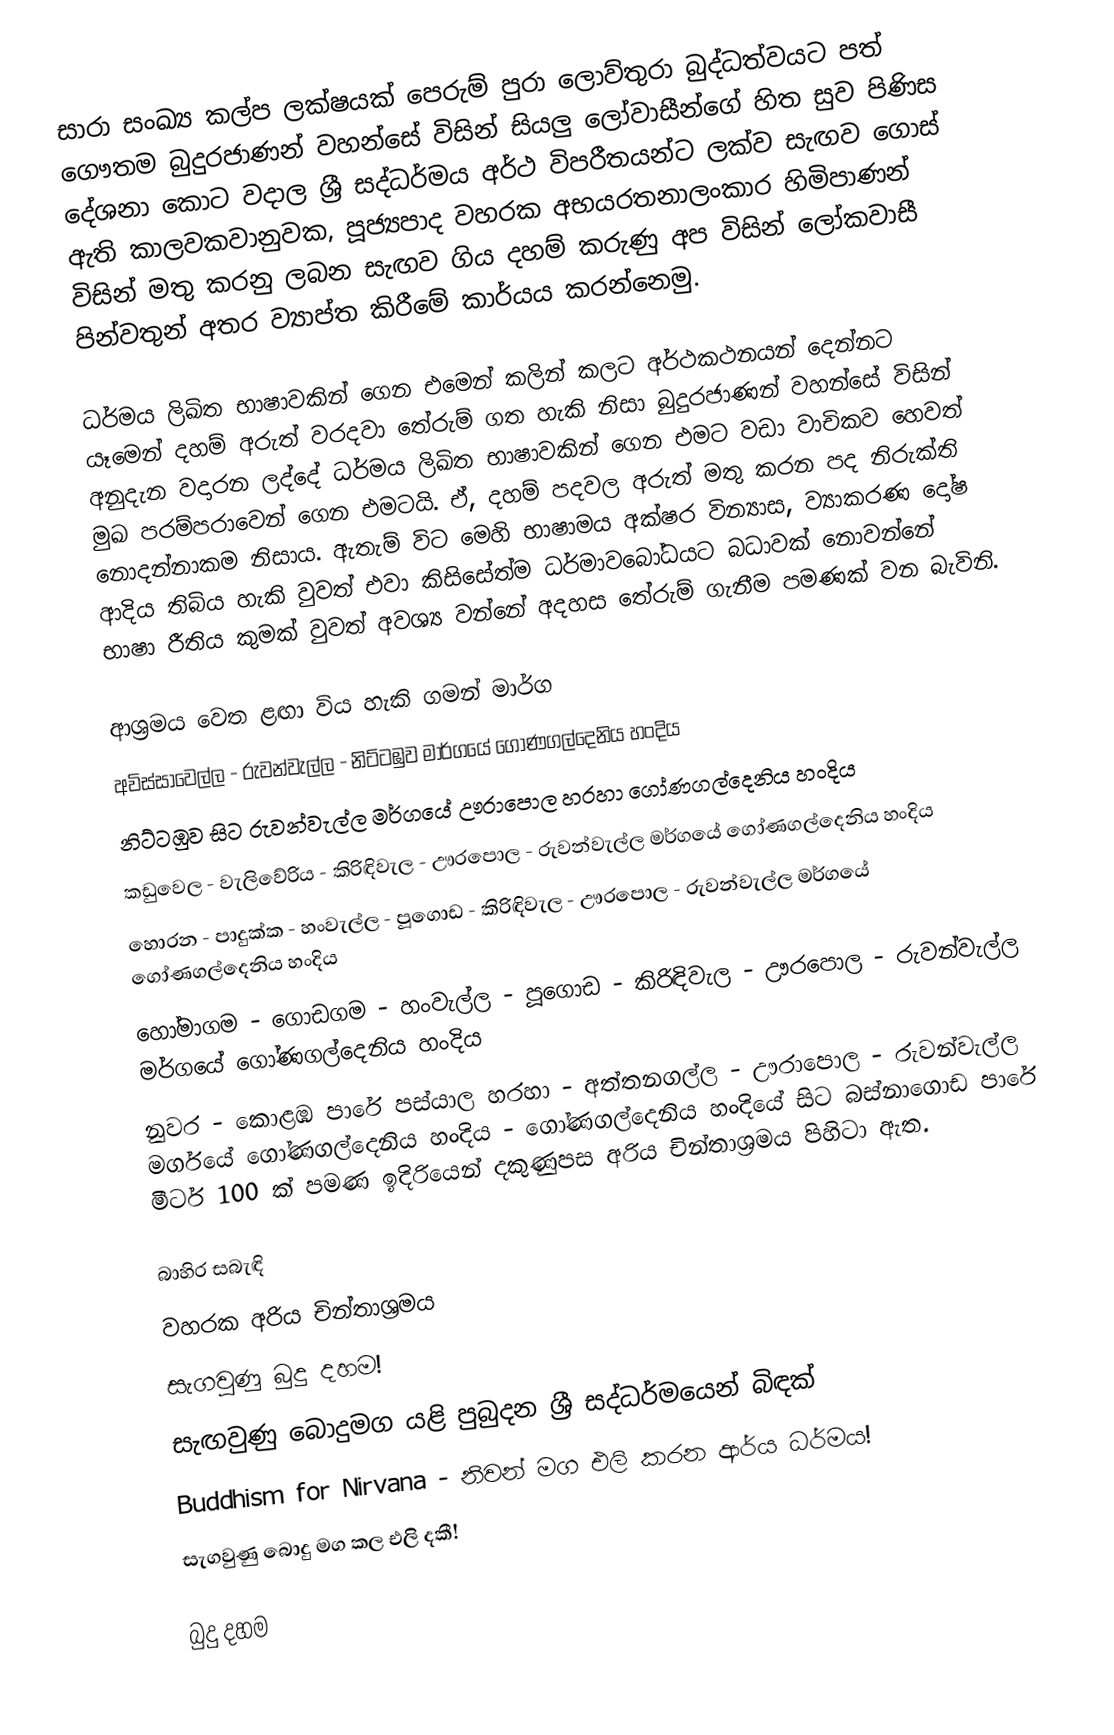
සාරා සංඛ්‍ය කල්ප ලක්ෂයක් පෙරුම් පුරා ලොව්තුරා බුද්ධත්වයට පත් ගෞතම බුදුරජාණන් වහන්සේ විසින් සියලු ලෝවාසීන්ගේ හිත සුව පිණිස දේශනා කොට වදාල ශ්‍රී සද්ධර්මය අර්ථ විපරීතයන්ට ලක්ව සැඟව ගොස් ඇති කාලවකවානුවක, පූජ්‍යපාද වහරක අභයරතනාලංකාර හිමිපාණන් විසින් මතු කරනු ලබන සැඟව ගිය දහම් කරුණු අප විසින් ලෝකවාසී පින්වතුන් අතර ව්‍යාප්ත කිරීමේ කාර්යය කරන්නෙමු.

ධර්මය ලිඛිත භාෂාවකින් ගෙන එමෙන් කලින් කලට අර්ථකථනයන් දෙන්නට යෑමෙන් දහම් අරුත් වරදවා තේරුම් ගත හැකි නිසා බුදුරජාණන් වහන්සේ විසින් අනුදැන වදාරන ලද්දේ ධර්මය ලිඛිත භාෂාවකින් ගෙන එමට වඩා වාචිකව හෙවත් මුඛ පරම්පරාවෙන් ගෙන එමටයි. ඒ, දහම් පදවල අරුත් මතු කරන පද නිරුක්ති නොදන්නාකම නිසාය. ඇතැම් විට මෙහි භාෂාමය අක්ෂර වින්‍යාස, ව්‍යාකරණ දෝෂ ආදිය තිබිය හැකි වුවත් එවා කිසිසේත්ම ධර්මාවබෝධයට බධාවක් නොවන්නේ භාෂා රීතිය කුමක් වුවත් අවශ්‍ය වන්නේ අදහස තේරුම් ගැනීම පමණක් වන බැවිනි.

ආශ්‍රමය වෙත ළඟා විය හැකි ගමන් මාර්ග
 අවිස්සාවෙල්ල - රුවන්වැල්ල - නිට්ටඹුව මාර්ගයේ ගෝණගල්දෙනිය හංදිය
 නිට්ටඹුව සිට රුවන්වැල්ල මර්ගයේ ඌරාපොල හරහා ගෝණගල්දෙනිය හංදිය
 කඩුවෙල - වැලිවේරිය - කිරිඳිවැල - ඌරපොල - රුවන්වැල්ල මර්ගයේ ගෝණගල්දෙනිය හංදිය
 හොරන - පාදුක්ක - හංවැල්ල - පූගොඩ - කිරිඳිවැල - ඌරපොල - රුවන්වැල්ල මර්ගයේ ගෝණගල්දෙනිය හංදිය
 හෝමාගම - ගොඩගම - හංවැල්ල - පූගොඩ - කිරිඳිවැල - ඌරපොල - රුවන්වැල්ල මර්ගයේ ගෝණගල්දෙනිය හංදිය
 නුවර - කොළඹ පාරේ පස්යාල හරහා - අත්තනගල්ල - ඌරාපොල - රුවන්වැල්ල මර්ගයේ ගෝණගල්දෙනිය හංදිය - ගෝණගල්දෙනිය හංදියේ සිට බස්නාගොඩ පාරේ මීටර් 100 ක් පමණ ඉදිරියෙන් දකුණුපස අරිය චින්තාශ්‍රමය පිහිටා ඇත.

බාහිර සබැඳි
 වහරක අරිය චින්තාශ්‍රමය
 සැගවුණු බුදු දහම!
 සැඟවුණු බොදුමග යළි පුබුදන ශ්‍රී සද්ධර්මයෙන් බිඳක්
 Buddhism for Nirvana - නිවන් මග එලි කරන ආර්ය ධර්මය!
 සැගවුණු බොදු මග කල එලි දකී!

බුදු දහම